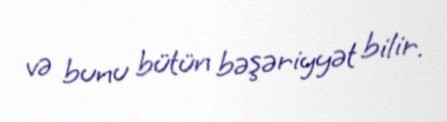
və bunu bütün bəşəriyyət bilir.